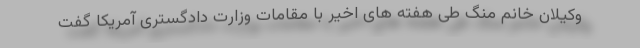
وکیلان خانم منگ طی هفته های اخیر با مقامات وزارت دادگستری آمریکا گفت